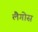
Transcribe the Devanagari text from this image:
लैगोस